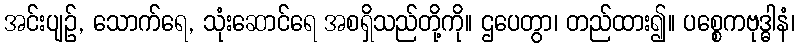
အင်းပျဉ်, သောက်ရေ, သုံးဆောင်ရေ အစရှိသည်တို့ကို။ ဌပေတွာ၊ တည်ထား၍။ ပစ္စေကဗုဒ္ဓါနံ၊